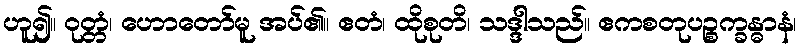
ဟူ၍။ ဝုတ္တံ၊ ဟောတော်မူ အပ်၏။ ဧတံ၊ ထိုစုတိ၊ သဒ္ဒါသည်။ ဧကစတုပဉ္စက္ခန္ဓာနံ၊